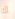
لك